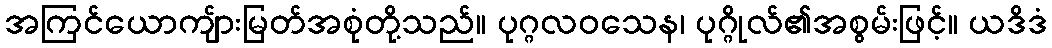
အကြင်ယောကျ်ားမြတ်အစုံတို့သည်။ ပုဂ္ဂလဝသေန၊ ပုဂ္ဂိုလ်၏အစွမ်းဖြင့်။ ယဒိဒံ